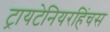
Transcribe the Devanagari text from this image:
ट्रायटेनियरहिंचस